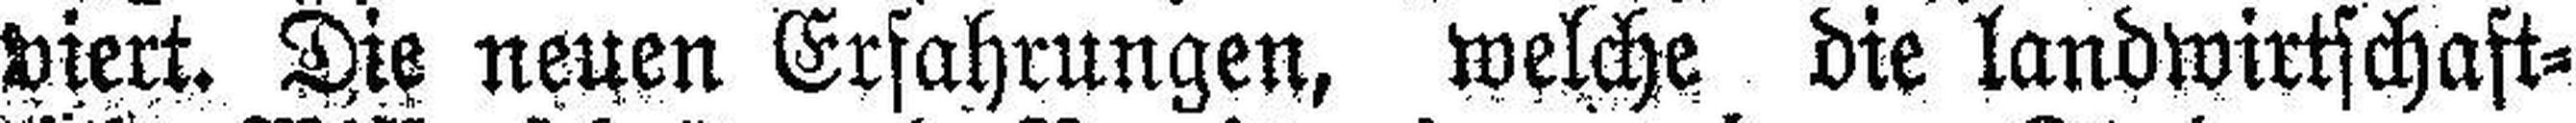
viert. Die neuen Erfahrungen, welche die landwirtschaft¬